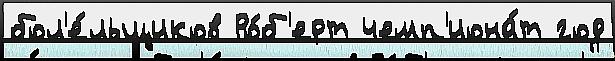
бол'е́льщиков Ро́б'ерт чемп'иона́т год